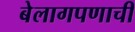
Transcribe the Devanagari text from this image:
बेलागपणाची